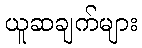
ယူဆချက်များ